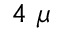
4 ~ \mu